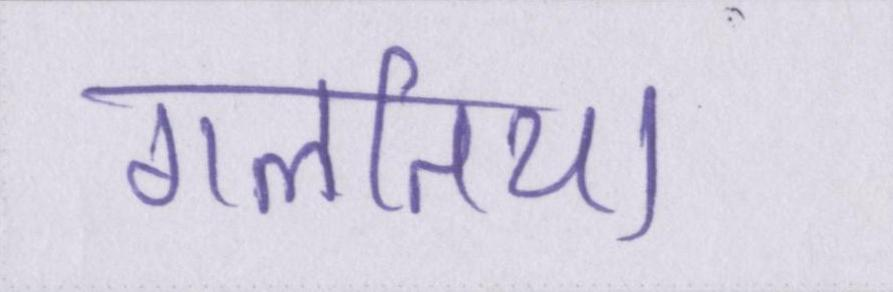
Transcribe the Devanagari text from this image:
गलतिया